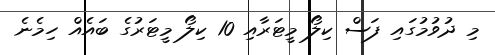
މި ދުވުމުގައި ފަސް ކިލޯ މީޓަރާއި 10 ކިލޯ މީޓަރުގެ ބައެއް ހިމެނެ